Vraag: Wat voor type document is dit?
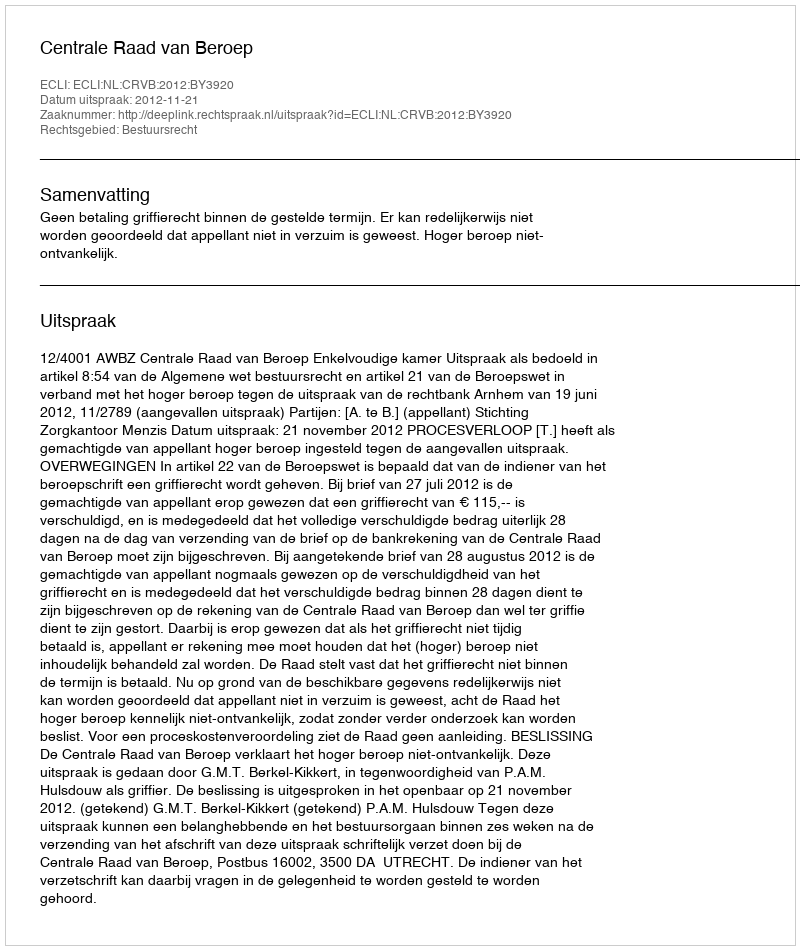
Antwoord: Uitspraak